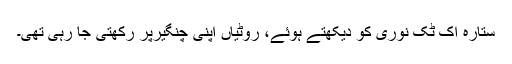
ستارہ اک ٹُک نوری کو دیکھتے ہوئے، روٹیاں اپنی چنگیرپر رکھتی جا رہی تھی۔